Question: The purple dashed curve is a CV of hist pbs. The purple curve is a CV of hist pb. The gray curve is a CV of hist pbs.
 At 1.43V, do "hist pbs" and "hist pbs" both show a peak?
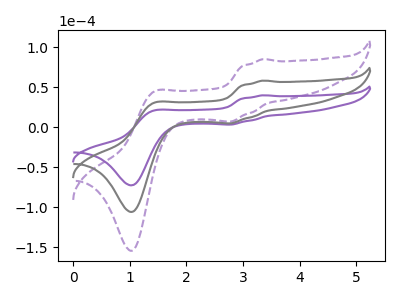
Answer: <think>The purple dashed curve "hist pbs" has anodic peaks at (3.35V, 116.85uA) (1.45V, 61.20uA) and cathodic peaks at (2.80V, 9.90uA) (1.05V, -211.95uA). The purple curve "hist pb" has anodic peaks at (3.35V, 40.05uA) (1.45V, 21.00uA) and cathodic peaks at (2.80V, 3.40uA) (1.05V, -72.65uA). The gray curve "hist pbs" has anodic peaks at (3.35V, 58.45uA) (1.45V, 30.60uA) and cathodic peaks at (2.80V, 4.95uA) (1.05V, -106.00uA).</think>
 <answer>Yes, "hist pbs" and "hist pbs" share a peak at 1.43V.</answer>
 <eval>match</eval>